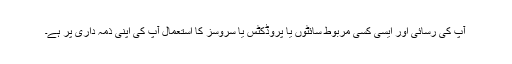
آپ کی رسائی اور ایسی کسی مربوط سائٹوں یا پروڈکٹس یا سروسز کا استعمال آپ کی اپنی ذمہ داری پر ہے۔